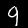
Digit: 9